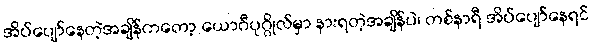
အိပ်ပျော်နေတဲ့အချိန်ကတော့ ယောဂီပုဂ္ဂိုလ်မှာ နားရတဲ့အချိန်ပဲ၊ တစ်နာရီ အိပ်ပျော်နေရင်